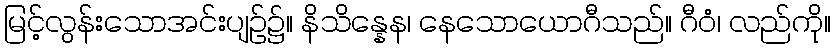
မြင့်လွန်းသောအင်းပျဉ်၌။ နိသိန္နေန၊ နေသောယောဂီသည်။ ဂီဝံ၊ လည်ကို။